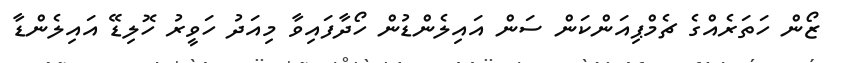
ޒޯން ހަތަރެއްގެ ޗެމްޕިއަންކަން ސަން އައިލެންޑުން ހޯދާފައިވާ މިއަދު ހަވީރު ހޮލިޑޭ އައިލެންޑާ